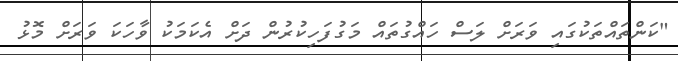
"ކަންތައްތަކުގައި ވަރަށް ލަސް ހައްގުތައް މަގުފަހިކުރުން ދަށް އެކަމަކު ވާހަކަ ވަރަށް މޮޅު